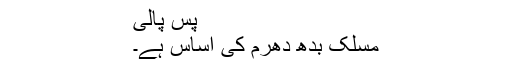
پس پالی
مسلک بدھ دھرم کی اساس ہے۔